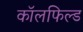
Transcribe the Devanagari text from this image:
कॉलफिल्ड